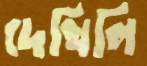
দেখিলি